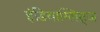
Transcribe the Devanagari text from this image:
इंडियाग्लिट्ज